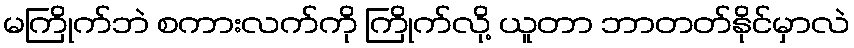
မကြိုက်ဘဲ စကားလက်ကို ကြိုက်လို့ ယူတာ ဘာတတ်နိုင်မှာလဲ